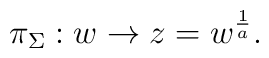
\pi_\Sigma : w \to z = w^{{1\over a}}.